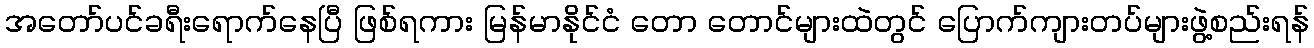
အတော်ပင်ခရီးရောက်နေပြီ ဖြစ်ရကား မြန်မာနိုင်ငံ တော တောင်များထဲတွင် ပြောက်ကျားတပ်များဖွဲ့စည်းရန်